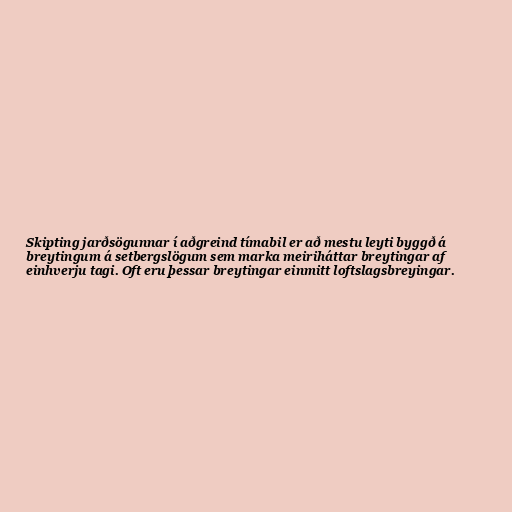
Skipting jarðsögunnar í aðgreind tímabil er að mestu leyti byggð á
breytingum á setbergslögum sem marka meiriháttar breytingar af
einhverju tagi. Oft eru þessar breytingar einmitt loftslagsbreyingar.